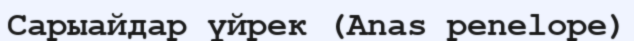
Сарыайдар үйрек (Anas penelope)